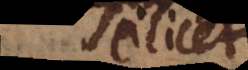
scilicet